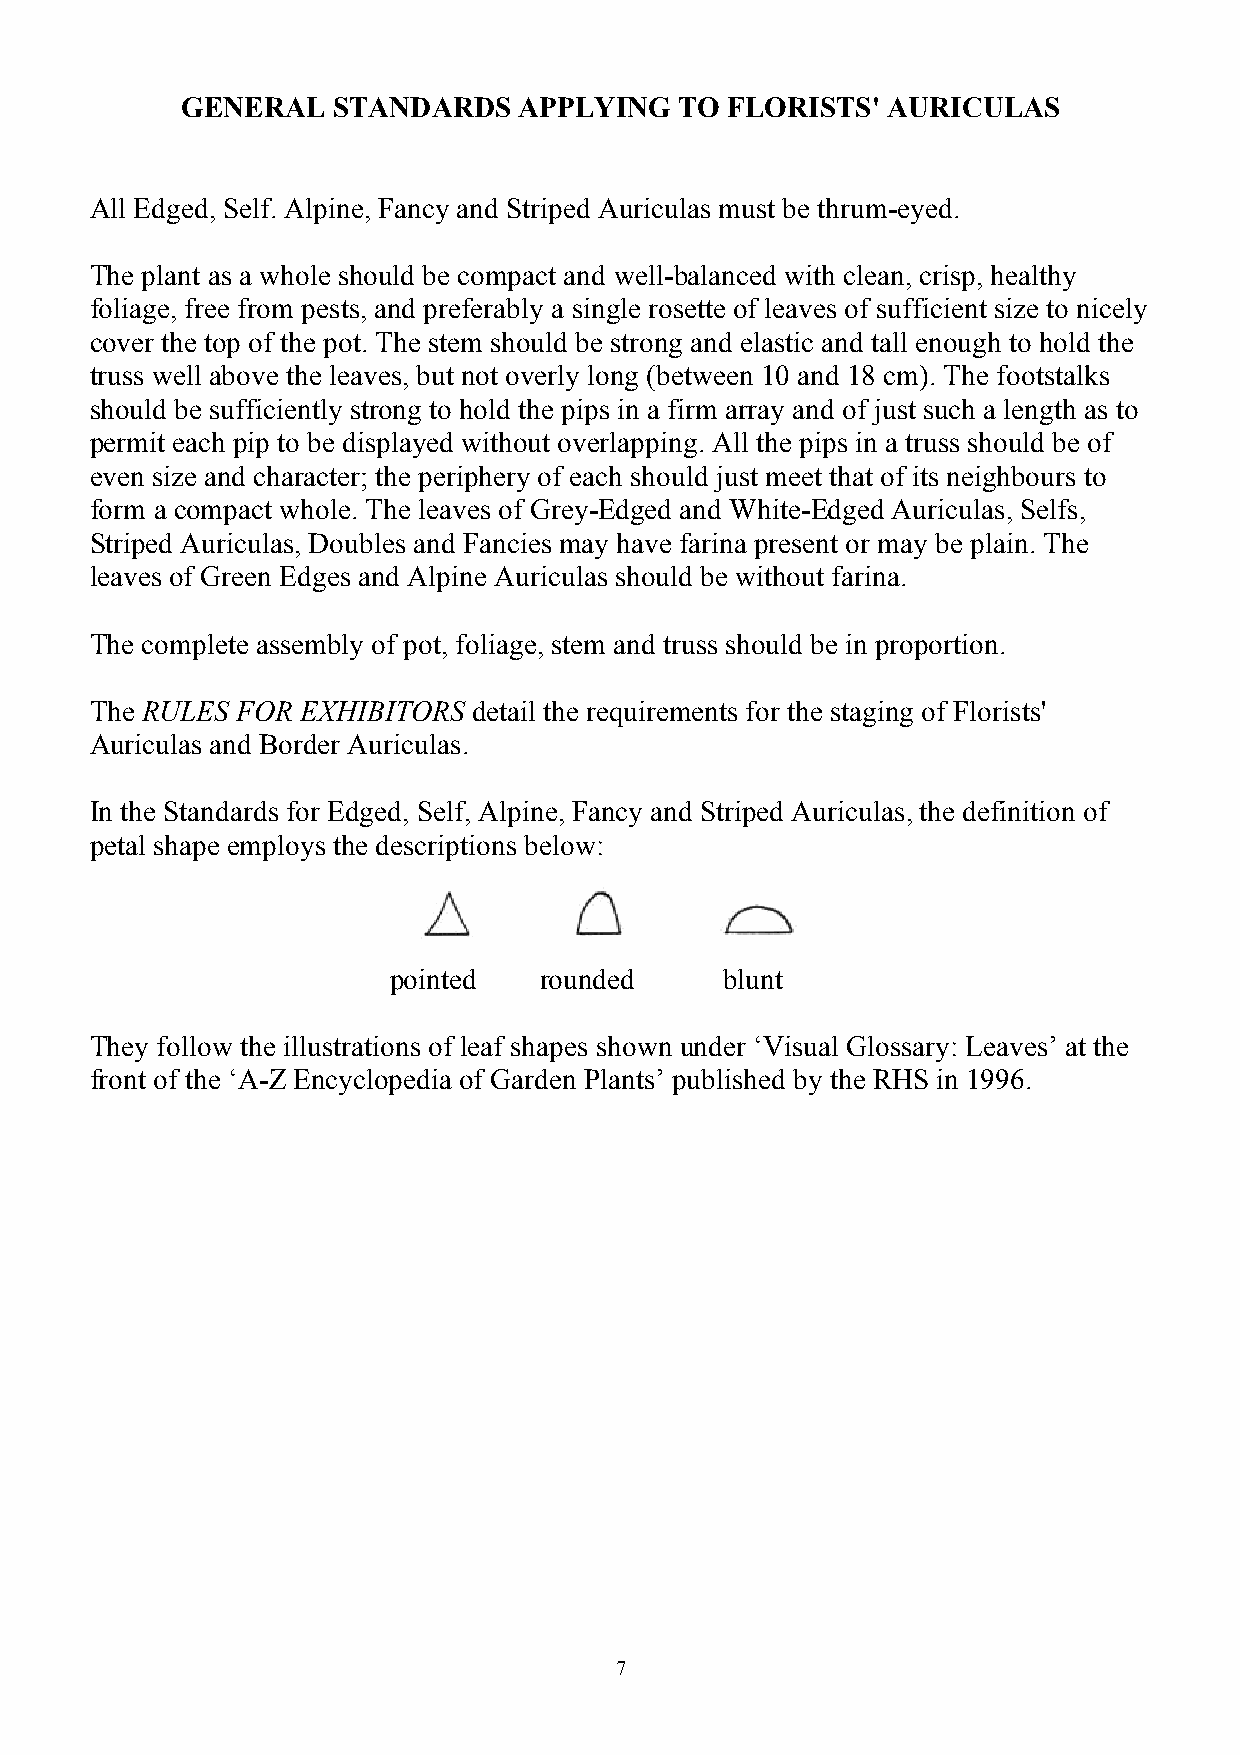
GENERAL   STANDARDS   APPLYING   TO FLORISTS'  AURICULAS
 All Edged, Self. Alpine, Fancy and Striped Auriculas must be thrum-eyed.
 The plant as a whole should be compact and well-balanced with clean, crisp, healthy
 foliage, free from pests, and preferably a single rosette of leaves of sufficient size to nicely
 cover the top of the pot. The stem should be strong and elastic and tall enough to hold the
 truss well above the leaves, but not overly long (between 10 and 18 cm). The footstalks
 should be sufficiently strong to hold the pips in a firm array and of just such a length as to
 permit each pip to be displayed without overlapping. All the pips in a truss should be of
 even size and character; the periphery of each should just meet that of its neighbours to
 form a compact whole. The leaves of Grey-Edged and White-Edged Auriculas, Selfs,
 Striped Auriculas, Doubles and Fancies may have farina present or may be plain. The
 leaves of Green Edges and Alpine Auriculas should be without farina.
 The complete assembly of pot, foliage, stem and truss should be in proportion.
 The RULES FOR EXHIBITORS detail the requirements for the staging of Florists'
 Auriculas and Border Auriculas.
 In the Standards for Edged, Self, Alpine, Fancy and Striped Auriculas, the definition of
 petal shape employs the descriptions below:
 pointed   rounded     blunt
 They follow the illustrations of leaf shapes shown under ‘Visual Glossary: Leaves’ at the
 front of the ‘A-Z Encyclopedia of Garden Plants’ published by the RHS in 1996.
 7